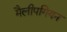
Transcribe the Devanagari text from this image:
मैलीपगियन